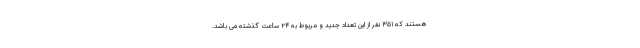
هستند که ۳۵۱ نفر از این تعداد جدید و مربوط به ۲۴ ساعت گذشته می باشد.